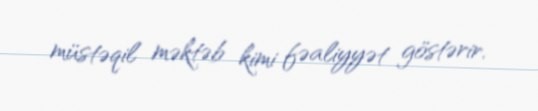
müstəqil məktəb kimi fəaliyyət göstərir.